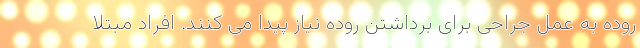
روده به عمل جراحی برای برداشتن روده نیاز پیدا می کنند. افراد مبتلا